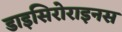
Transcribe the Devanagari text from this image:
डाइसिरोराइनस